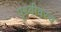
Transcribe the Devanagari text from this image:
पृथ्वीवरच